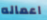
اعماله